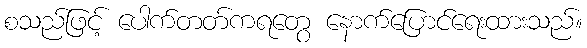
စသည်ဖြင့် ပေါက်တတ်ကရတွေ နောက်ပြောင်ရေးထားသည်။